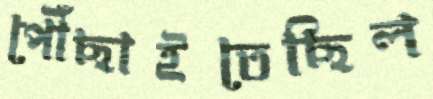
পৌঁছাইতেছিল